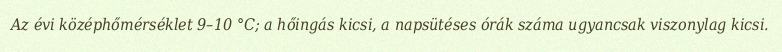
Az évi középhőmérséklet 9–10 °C; a hőingás kicsi, a napsütéses órák száma ugyancsak viszonylag kicsi.